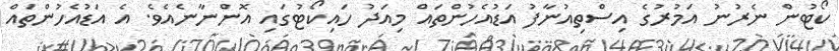
ކޯޓުން ނެރުނު އަމުރުގެ އިސްތިއުނާފު އަޑުއެހުންތައް މިއަދު ހައިކޯޓުގައި އޮންނާނެއެވެ. އެ އަޑުއެހުންތައް